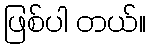
ဖြစ်ပါ တယ်။